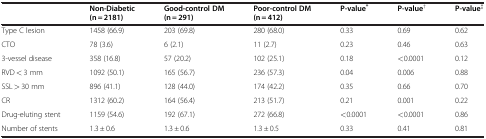
|  | Non-Diabetic (n = 2181) | Good-control DM (n = 291) | Poor-control DM (n = 412) | P-value* | P-value† | P-value‡ |
 | --- | --- | --- | --- | --- | --- | --- |
 | Type C lesion | 1458 (66.9) | 203 (69.8) | 280 (68.0) | 0.33 | 0.69 | 0.62 |
 | CTO | 78 (3.6) | 6 (2.1) | 11 (2.7) | 0.23 | 0.46 | 0.63 |
 | 3-vessel disease | 358 (16.8) | 57 (20.2) | 102 (25.1) | 0.18 | <0.0001 | 0.12 |
 | RVD < 3 mm | 1092 (50.1) | 165 (56.7) | 236 (57.3) | 0.04 | 0.006 | 0.88 |
 | SSL > 30 mm | 896 (41.1) | 128 (44.0) | 174 (42.2) | 0.35 | 0.66 | 0.70 |
 | CR | 1312 (60.2) | 164 (56.4) | 213 (51.7) | 0.21 | 0.001 | 0.22 |
 | Drug-eluting stent | 1159 (54.6) | 192 (67.1) | 272 (66.8) | <0.0001 | <0.0001 | 0.86 |
 | Number of stents | 1.3 ± 0.6 | 1.3 ± 0.6 | 1.3 ± 0.5 | 0.33 | 0.41 | 0.81 |